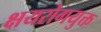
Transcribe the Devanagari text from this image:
क्षयरोगयुक्त